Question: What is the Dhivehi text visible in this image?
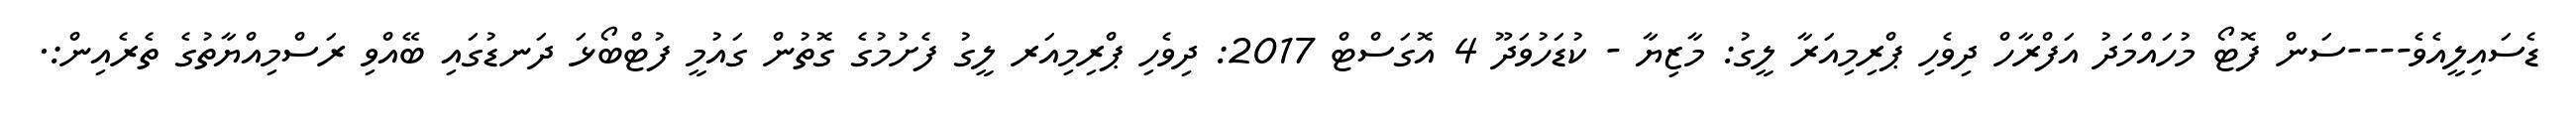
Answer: ޑެސައިލީއެވެ----ސަން ފޮޓޯ މުހައްމަދު އަފްރާހް ދިވެހި ޕްރިމިއަރާ ލީގު: މާޒިޔާ - ކުޑަހުވަދޫ 4 އޮގަސްޓް 2017: ދިވެހި ޕްރިމިއަރ ލީގު ފެށުމުގެ ގޮތުން ގައުމީ ފުޓްބޯޅަ ދަނޑުގައި ބޭއްވި ރަސްމިއްޔާތުގެ ތެރެއިން:.